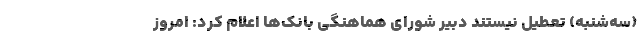
(سه‌شنبه) تعطیل نیستند دبیر شورای هماهنگی بانک‌ها اعلام کرد: امروز